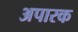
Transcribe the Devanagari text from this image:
अपारक